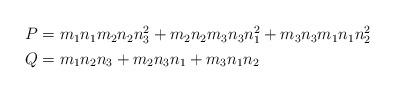
LaTeX: \begin{align*}\begin{aligned}P& = m_1 n_1 m_2 n_2 n_3^2 + m_2 n_2 m_3 n_3 n_1^2 + m_3 n_3 m_1 n_1 n_2^2 \\Q& = m_1 n_2 n_3 + m_2 n_3 n_1 + m_3 n_1 n_2 \\\end{aligned}\end{align*}